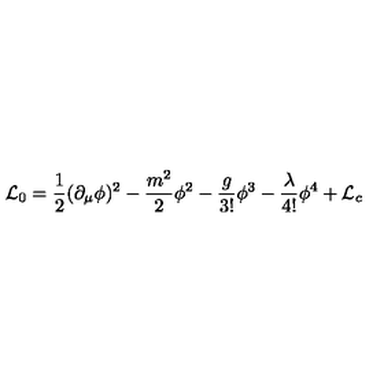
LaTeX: { \cal L } _ { 0 } = { \frac { 1 } { 2 } } ( \partial _ { \mu } \phi ) ^ { 2 } - { \frac { m ^ { 2 } } { 2 } } \phi ^ { 2 } - { \frac { g } { 3 ! } } \phi ^ { 3 } - { \frac { \lambda } { 4 ! } } \phi ^ { 4 } + { \cal L } _ { c }